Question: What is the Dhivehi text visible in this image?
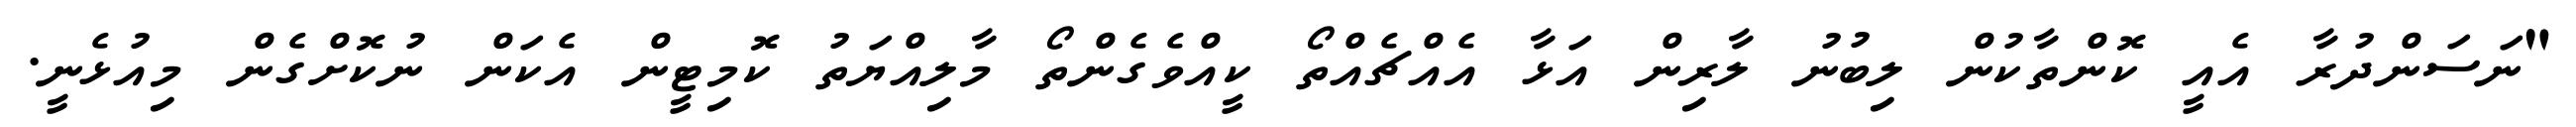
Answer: "ނަސަންދުރާ އެއީ ކޮންތާކުން ލިބުނު ލާރިން އަޅާ އެއްޗެއްތޯ ކީއްވެގެންތޯ މާލިއްޔަތު ކޮމިޓީން އެކަން ނުކޮށްގެން މިއުޅެނީ.